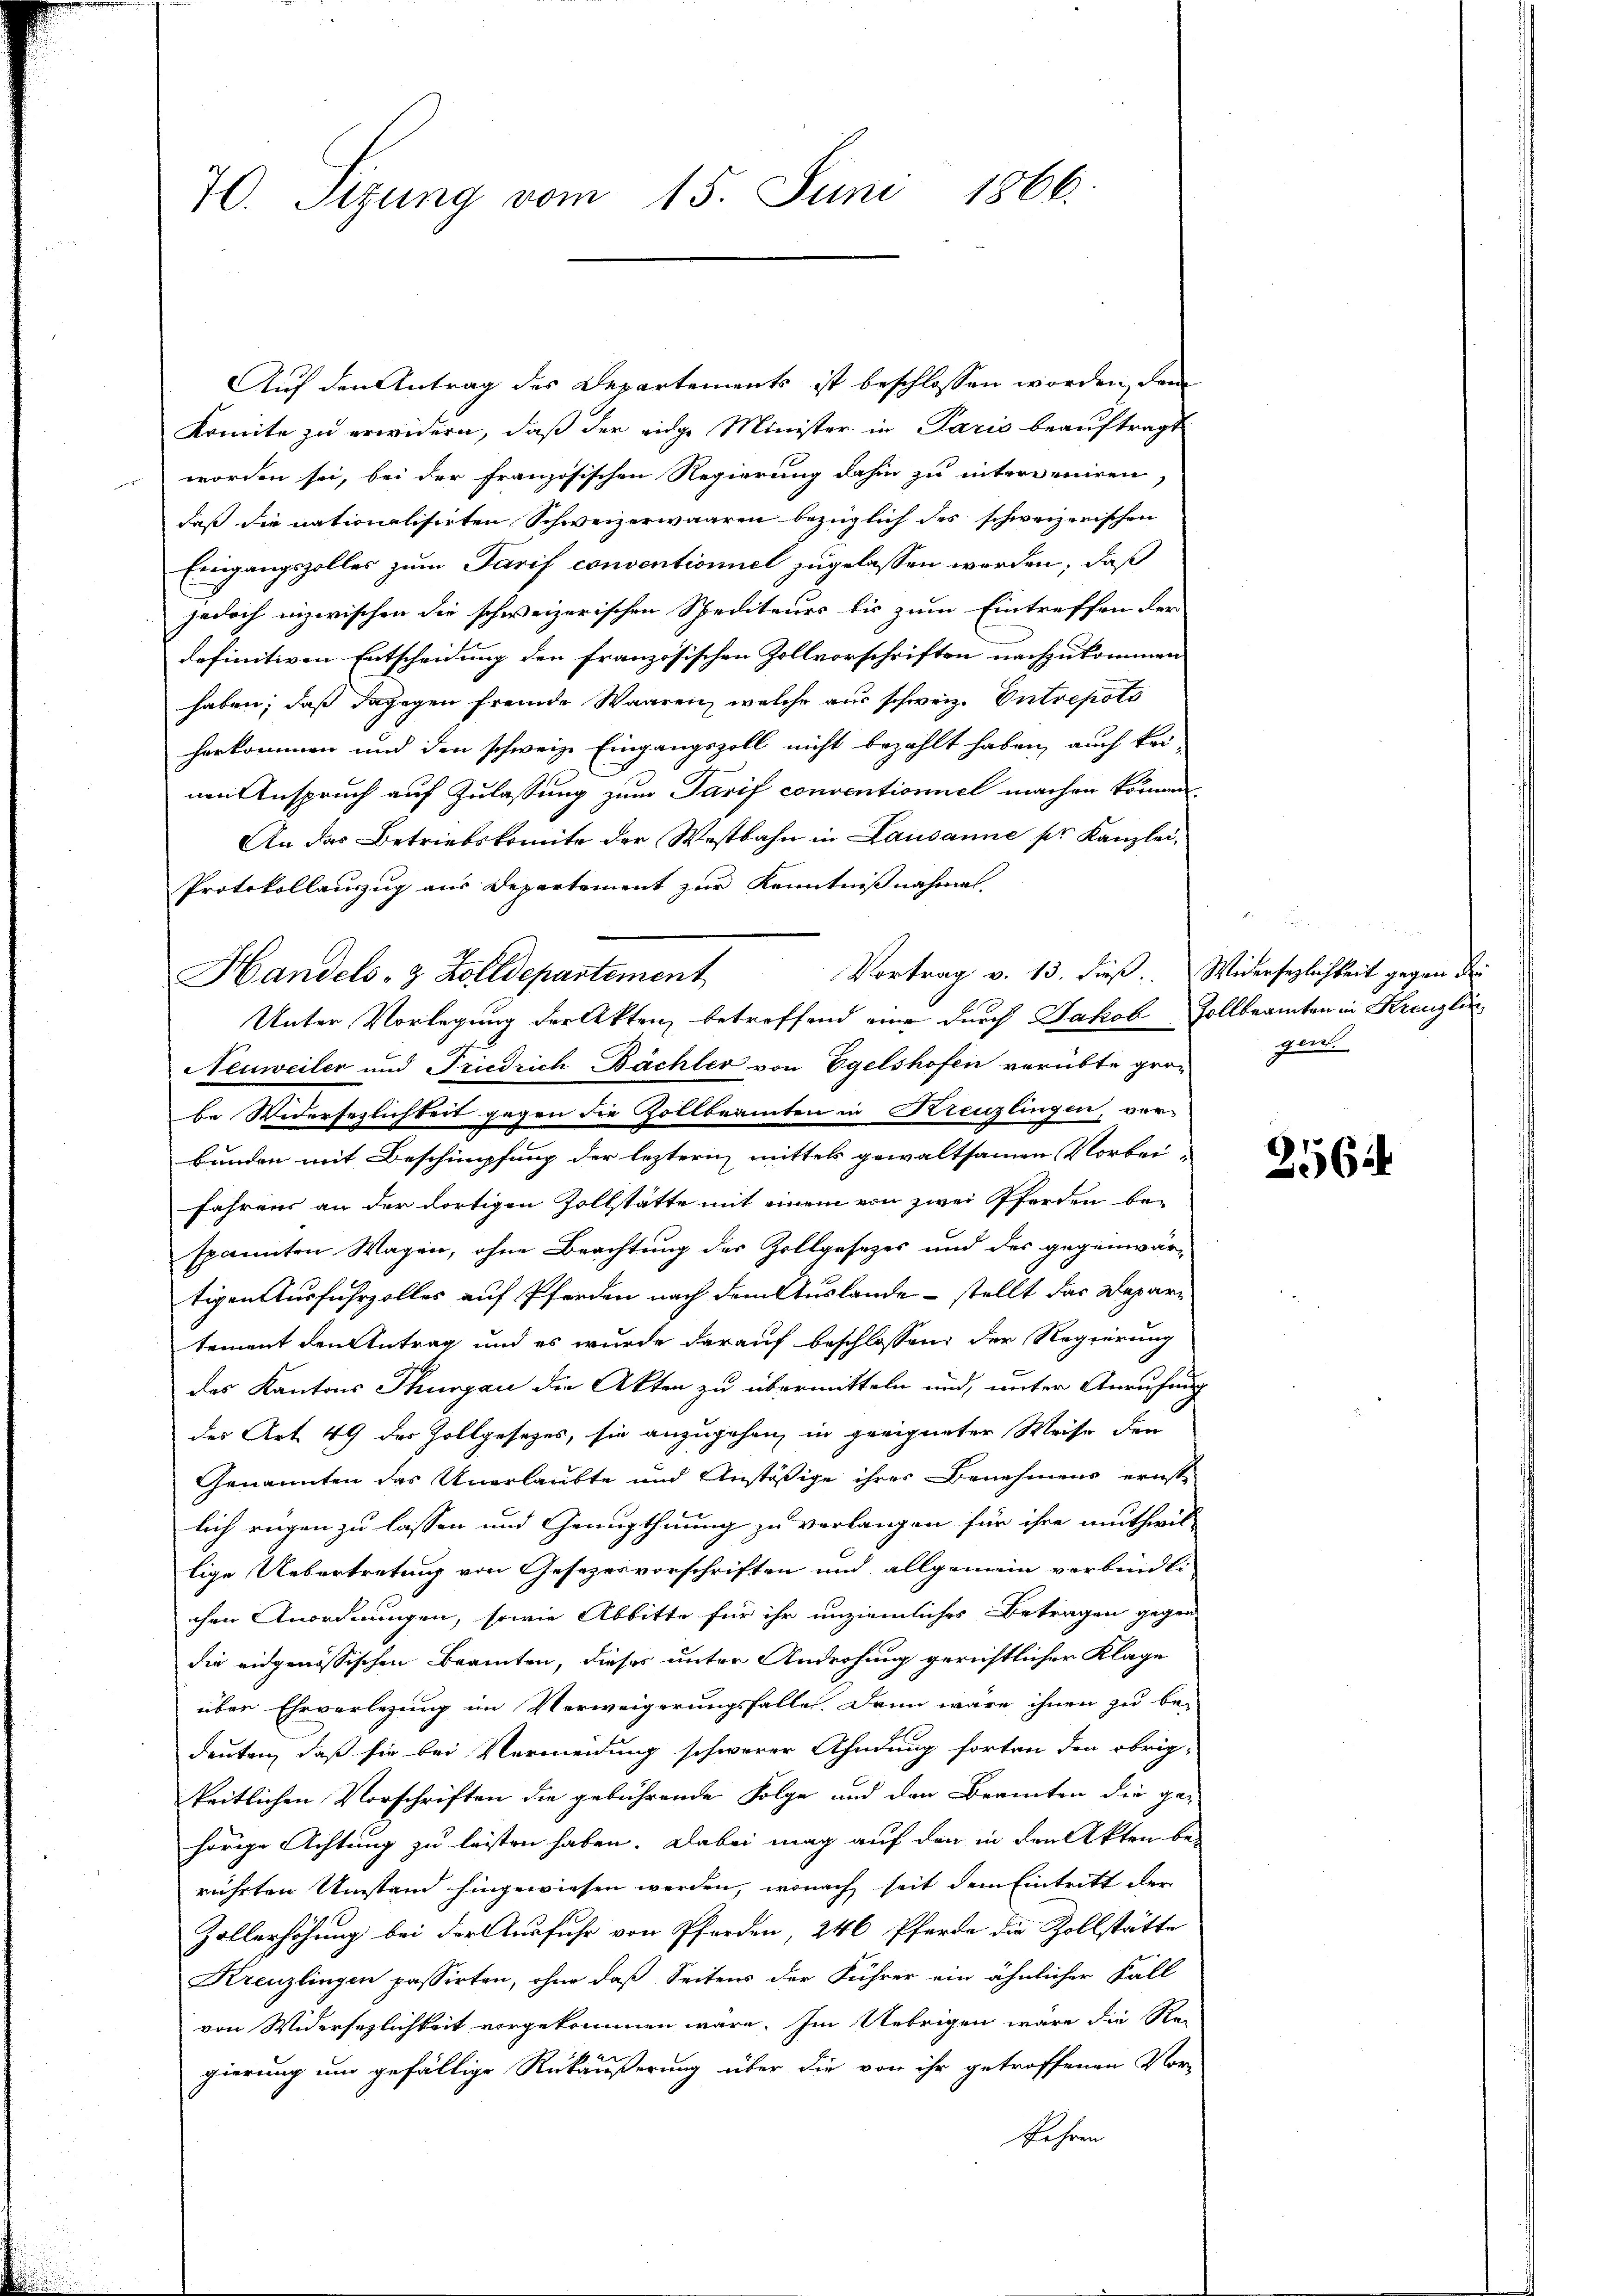
Auf den Antrag des Departements ist beschlossen worden, dem
Komite zu erwidern, daß der eidge Minister in Paris beauftragt
worden sei, bei der französischen Regierung dahin zu interveniren
daß die nationalisirten Schweizerwaaren bezüglich des schweizerischen
Eingangszolles zum Tarif conventioniel zugelassen werden, daß
jedoch inzwischen die schweizerischen Spediteurs bis zum Eintreffen der
definitiven Entscheidung den französischen Zollvorschriften nachzukommen
haben; daß dagegen fremde Waaren, welche aus schweiz. Entrepots
herkommen und den schweiz. Eingangszoll nicht bezahlt haben, auch kei
nen Anspruch auf Zulassung zum Tarif conventioniel machen können
An das Betriebskomite der Westbahn in Lausanne pr Kanzlei,
Protokollauszug aus Departement zur Kenntnißnahmen.
Vortrag v. 13. dieß. Widersezlichkeit gegen der
Unter Vorlegung der Akten betreffend eine durch Jakob Zollbeamten in Kreuzlin¬
Neuweiler und Friedrich Bächler von Egelshofen verübte grobe Widersezlichkeit gegen die Zollbeamten in Kreuzlingen, ver-
Bunden mit Beschimpfung der leztern mittels gewaltsamen Vorbei-
fahrens an der dortigen Zollstätte mit einem von zwei Pferden be-
spannten Wagen, ohne Beachtung des Zollgesetzes und des gegenwär-
tigen Ausfuhrzolles auf Pferden nach dem Auslande – stellt das Depari
tement den Antrag und es wurde darauf beschlossen: der Regierung
des Kantons Thurgau die Akten zu übermitteln und, unter Anrufung
des Art. 49 der Zollgesezes, sie anzugehen, in geeigneter Weise den
Genannten das Unerlaubte und Anstößige ihres Benehmens ernste
lich rügen zu lassen und Genugthuung zu verlangen für ihre muthwil-
lige Uebertretung von Gesezesvorschriften und allgemein verbindli
chen Anordnungen, sowie Abbitte für ihr unziemliches Betragen gegen
die eidgenössischen Beamten, dieses unter Androhung gerichtlicher Klage
über Ehrverlegung im Verweigerungsfalle. Dann wäre ihnen zu be-
deuten, daß sie bei Vermeidung schwerer Ahndung forten den obrig-
keitlichen Vorschriften die gebührende Folge und den Beamten die ge-
hörige Achtung zu leisten haben. Dabei mag auf den in den Akten be-
rührten Umstand hingewiesen werden, wonach seit dem Eintritt der
Zollerhöhung bei der Ausfuhr von Pferden, 246 Pferde die Zollstätte
Kreuzlingen passirten, ohne daß Seitens der Führer ein ähnlicher Fall
von Widersezlichkeit vorgekommen wäre. Im Uebrigen wäre die Re-
gierung um gefällige Rükäußerung über die von ihr getroffenen Vor-
fahren

70. Sizung vom 15. Juni 1866.

Handels- & Zolldepartement

12 x
part

256